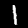
Label: 1